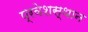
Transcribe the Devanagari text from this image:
प्रवेशस्थान